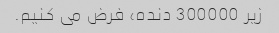
زیر 300000 دنده، فرض می کنیم.